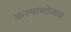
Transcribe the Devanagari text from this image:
कल्‍याणोत्‍सव